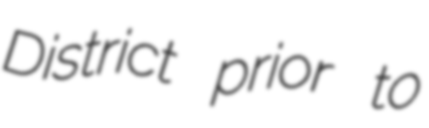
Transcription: District prior to